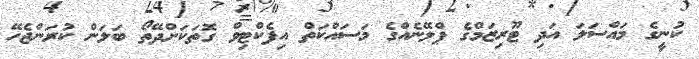
ކުނީގެ މައްސަލަ އަދި ޓޫރިޒަމްގެ ޕްލޭނެއްގެ މަސައްކަތް އިފެކްޓިވް ގޮތަކަށްދޭތޯ ބަލަން ކުރަންޖެހޭ